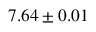
7 . 6 4 \pm 0 . 0 1